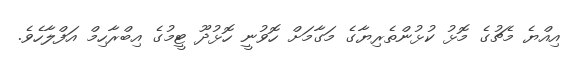
އިއްޔެ މެޗުގެ މޮޅު ކުޅުންތެރިޔާގެ މަގާމަށް ހޮވުނީ ހޮޅުދޫ ޓީމުގެ އިބްރާހިމް އަފްލާހެވެ.